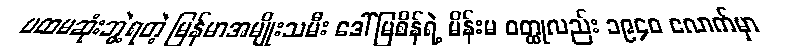
ပထမဆုံးဘွဲ့ရတဲ့ မြန်မာအမျိုးသမီး ဒေါ်မြစိန်ရဲ့ မိန်းမ ဝတ္ထုလည်း ၁၉၄၀ လောက်မှာ